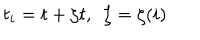
t _ { i } = t + \zeta t , \, \, \, \zeta = \zeta ( i )